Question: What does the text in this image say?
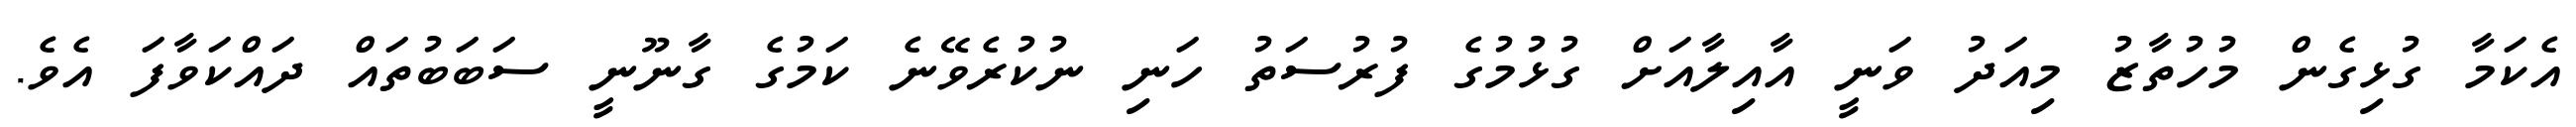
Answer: އެކަމާ ގުޅިގެން މުހުތާޒު މިއަދު ވަނީ އާއިލާއަށް ގުޅުމުގެ ފުރުސަތު ހަނި ނުކުރެވޭނެ ކަމުގެ ގާނޫނީ ސަބަބުތައް ދައްކަވާފަ އެވެ.